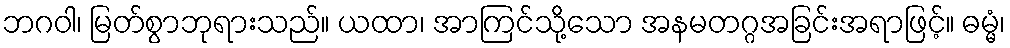
ဘဂဝါ၊ မြတ်စွာဘုရားသည်။ ယထာ၊ အာကြင်သို့သော အနမတဂ္ဂအခြင်းအရာဖြင့်။ ဓမ္မံ၊